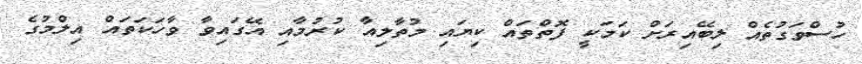
ހުސްވަގުތެއް ލިބޭއިރަށް ކަމަކީ ފޮތްތައް ކިޔައި މުތާލިއާ ކުރުމާއި އޭގައިވާ ވާހަކަތައް އިލްމުގެ